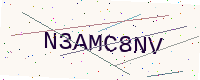
Text: N3AMC8NV